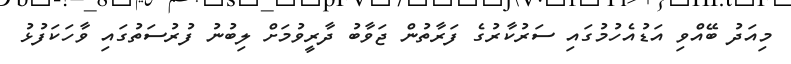
މިއަދު ބޭއްވި އަޑުއެހުމުގައި ސަރުކާރުގެ ފަރާތުން ޖަވާބު ދާރީވުމަށް ލިބުނު ފުރުސަތުގައި ވާހަކަފުޅު